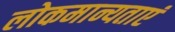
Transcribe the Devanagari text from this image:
लोकमान्यताएं